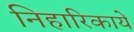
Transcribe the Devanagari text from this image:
निहारिकायें